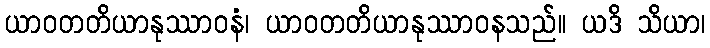
ယာဝတတိယာနုဿာဝနံ၊ ယာဝတတိယာနုဿာဝနသည်။ ယဒိ သိယာ၊